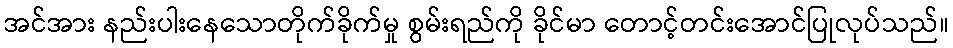
အင်အား နည်းပါးနေသောတိုက်ခိုက်မှု စွမ်းရည်ကို ခိုင်မာ တောင့်တင်းအောင်ပြုလုပ်သည်။